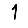
Digit: 1